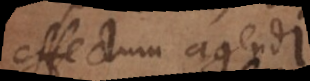
effectum agendi